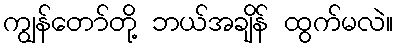
ကျွန်တော်တို့ ဘယ်အချိန် ထွက်မလဲ။